Vaccination in the Punjab 1897-1904 - 1897-1904
Year: 1897
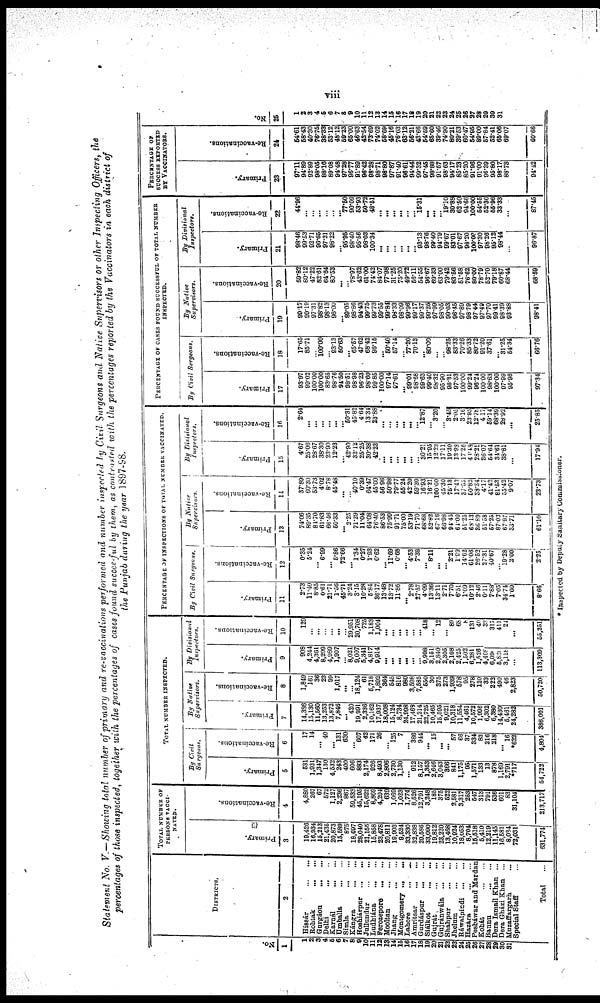
viii
Statement No. V.—Showing total number of primary and re-vaccinations performed and number inspected by Civil Surgeons and Native Supervisors or other Inspecting Officers, the
percentages of those inspected, together with the percentages of cases found succesful by them, as contrasted with the percentages reported by the Vaccinators in each district of
the Punjab during the year 1897-98.
No.
1
1
2
3
4
5
6
7
8
9
10
11
12
13
14
15
16
17
18
19
20
21
22
23
24
25
26
27
28
29
30
31
DISTRICTS.
2
Hissár
...
...
Rohtak
...
...
Gurgáon
...
...
Delhi
...
...
Karnál ... ...
Umballa
...
...
Simla
...
...
Kángra
...
...
Hoshiárpur
...
...
Jullundur
...
...
Ludhiána
...
...
Ferozepore
...
...
Mooltan
...
...
Jhang
...
...
Montgomery
...
...
Lahore
...
...
Amritsar
...
...
Gurdáspur
...
...
Siálkot
...
...
Gujrát ... ...
Gujránwála
...
...
Shahpur
...
...
Jhelum
...
...
Ráwalpindi
...
...
Hazára ... ...
Pesháwar and Mardan
Kohát
...
...
Bannu ... ...
Dera Ismail Khan ...
Dera Gházi Khan
...
Muzaffargarh ... ...
Special Staff ...
Total ...
TOTAL NUMBER OF
PERSONS VACCI¬
-----.
Primary.
3
19,426
16,934
15,213
21,435
20,873
15,589
875
18,697
28,040
21,155
15,858
23,478
20,811
19,903
9,524
33,330
32,838
29,586
33,090
19,812
23,220
13,468
10,924
18,053
8,704
15,518
5,410
12,219
11,145
16,581
8,034
72,031
631,774
Re-vaccinations.
4
4,880
267
67
572
1,127
2,236
867
59,533
45,195
15,622
8,869
4,204
639
1,069
1,023
1,774
8,526
12,791
3,248
185
375
522
2,581
3,317
253
547
313
791
536
601
83
31,104
213,717
TOTAL NUMBER INSPECTED.
By Civil
Surgeons.
Primary.
5
531
1,931
1,347
130
4,532
243
400
606
883
2,174
926
8,493
2,806
2,730
1,130
... 912
8,157
1,353
2,646
3,043
366
841
1,175 95
1,571
133
13
878
1,169
2,791
*717
54,722
Re-vaccinations.
6
17
14
...
40
... 131
630
... 607
42
171
26
... 125
7
... 386
944
...
15
...
... 57
66
37
334
83
216
218
...
16
*622
4,804
By Native
Supervisors.
Primary.
7
14,386
15,130
11,560
13,253
13,872
7,846
... 420
19,991
2,336
10,162
17,937
18,008
15,124
8,734
24,998
17,468
21,214
22,725
10,465
15,595
9,021
10,318
11,554
4,461
10,572
1,996
6,302
6,380
14,430
5,461
24,282
386,001
Re-vaccinations.
8
1,849
161
36
23
99
1,017
...
...
18,124
61
5,718
1,892
364
545
816
980
3,598
7,585
550
30
375
273
1,939
578
95
278
120
33
222
490
46
2,823
50,720
By Divisional
Inspectors.
Primary.
9
908
4,244
4,361
8,209
4,989
1,907
... 8,021
9,007
5,341
4,817
9,914
...
...
...
...
...
... 9,998
3,151
2,840
2,305
2,108
2,425
1,502
6,281
1,526
4,408
6,090
5,839
3,118
...
113,309
Re-vaccinations.
10
129
...
...
...
...
...
... 29,951
20,708
725
1,183
1,004
...
...
...
...
...
... 418
... 12
... 89
68
8
131
40
33
317
411
24
...
55,251
PERCENTAGE OF INSPECTIONS OF TOTAL NUMBER VACCINATED.
By Civil Surgeons.
Primary.
11
2.73
11.40
8.85
0.61
21.71
1.56
45.71
3.24
3.15
10.28
5.84
36.17
13.48
13.72
11.86
...
2.78
27.57
4.09
13.36
13.11
2.71
7.70
6.51
1.09
10.12
2.46
0.11
7.88
7.05
34.74
1.00
8.66
Re-vaccinations.
12
0.35
5.24
... 6.99
... 5.86
72.66
...
1.34
0.27
1.93
0.62
... 11.69
0.68
...
4.53
7.38
... 8.11
...
... 2.21
1.99
14.62
61.06
26.52
27.31
40.67
... 19.28
2.00
2.25
By Native
Supervisors.
Primary.
13
74.06
89.35
84.70
61.83
66.46
50.33
... 2.25
71.29
11.04
64.08
76.40
86.53
75.99
91.71
75.00
53.19
71.70
68.68
52.82
67.16
66.98
94.45
64.00
51.25
68.13
36.89
51.58
57.25
87.03
67.97
33.71
61.10
Re-vaccinatìons.
14
37.89
60.30
53.73
4.02
8.78
45.48
...
... 40.10
0.39
64.47
45.00
56.96
50.98
79.77
55.24
42.20
59.30
16.93
16.21
100.00
45.30
75.13
17.43
37.55
50.82
38.34
4.17
41.42
81.53
55.42
9.07
23.73
By Divisional
Inspectors.
Primary.
15
4.67
25.06
28.67
38.30
23.90
12.23
...
42.90
32.12
25.25
30.38
42.23
...
...
...
...
...
... 30.21
15.95
12.23
17.11
19.30
13.98
17.26
40.48
28.21
36.07
54.64
34.61
38.81
...
17.94
Re-vaccinations.
16
2.64
...
... ...
...
...
... 50.31
45.82
4.64
13.34
23.88
...
...
...
...
...
...
12.87
... 3.20
... 3.45
2.05
3.16
23.95
12.78
4.17
59.14
68.39
28.92
...
25.85
PERCENTAGE OF CASES FOUND SUCCESSFUL OF TOTAL NUMBER
INSPECTED.
By Civil Sergeons.
Primary.
17
93.97
99.02
100.00
100.00
83.65
98.76
94.50
98.51
98.98
96.23
98.60
99.85
100.00
97.14
97.61
... 99.01
98.68
99.63
99.40
98.32
95.90
96.31
97.53
100.00
99.24
96.24
100.00
98.63
100.00
97.99
95.96
97.34
Re-vaccinations.
18
17.65
85.71
... 100.00
... 93.13
50.63
... 65.57
47.62
68.42
96.15
... 50.40
57.14
... 77.20
70.13
... 80.00
...
... 98.25
83.33
70.26
85.33
80.72
91.20
37.61
... 31.25
54.34
66.76
By Native
Supervisors.
Primary.
19
99.17
99.19
97.31
98.82
98.13
96.00
... 89.05
98.86
94.43
99.75
99.73
99.55
99.84
98.33
98.09
99.96
99.17
99.37
99.25
97.99
98.05
99.03
96.45
97.89
98.79
97.44
97.49
97.70
99.41
98.39
93.88
98.41
Re-vaccinations.
20
59.82
80.12
47.22
82.61
64.64
80.53
...
... 78.97
42.62
61.00
74.42
84.07
77.98
31.25
75.20
49.72
56.11
54.55
96.67
69.33
63.00
79.42
83.56
51.68
76.62
80.00
78.79
52.70
79.18
60.87
68.44
68.59
By Divisional
Inspectors.
Primary.
21
98.46
99.53
92.71
96.65
97.21
98.22
... 95.95
98.40
95.56
98.03
100.34
...
...
...
...
...
...
93.13
98.76
99.40
94.79
99.67
83.01
97.67
98.20
100.00
97.30
98.26
95.12
98.44
...
96.87
Re-vaccinations.
22
44.96
...
...
...
...
... ... 77.60
90.09
53.93
50.72
48.51
...
...
...
...
...
... 15.31
...
...
...
19.10
30.88
62.50
94.66
100.00
54.55
52.36
55.96
33.33
...
87.45
PERCENTAGE OF
SUCCESS REPORTED
BY VACCINATION.
Primary.
23
97.11
94.89
92.89
98.05
88.16
89.08
94.48
97.28
96.77
91.89
96.42
98.28
98.71
98.80
97.87
91.40
96.61
94.44
99.32
97.45
98.88
91.57
98.63
94.17
85.23
85.20
91.96
91.00
96.39
95.80
98.17
88.73
94.42
Re-vaccinations.
24
54.61
58.43
40.30
76.75
38.33
53.12
48.12
59.23
65.00
46.63
42.54
73.69
74.02
58.69
45.16
76.03
63.12
56.21
43.66
54.69
65.60
39.46
74.90
80.21
39.53
60.47
54.95
89.00
57.84
52.41
65.06
69.07
60.66
No.
25
1
2
3
4
5
6
7
8
9
10
11
12
13
14
15
16
17
18
19
20
21
22
23
24
25
26
27
28
29
30
31
* Inspected by Deputy Sanitary Commissioner.